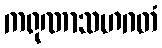
ကရုဏာသဟဂတံ